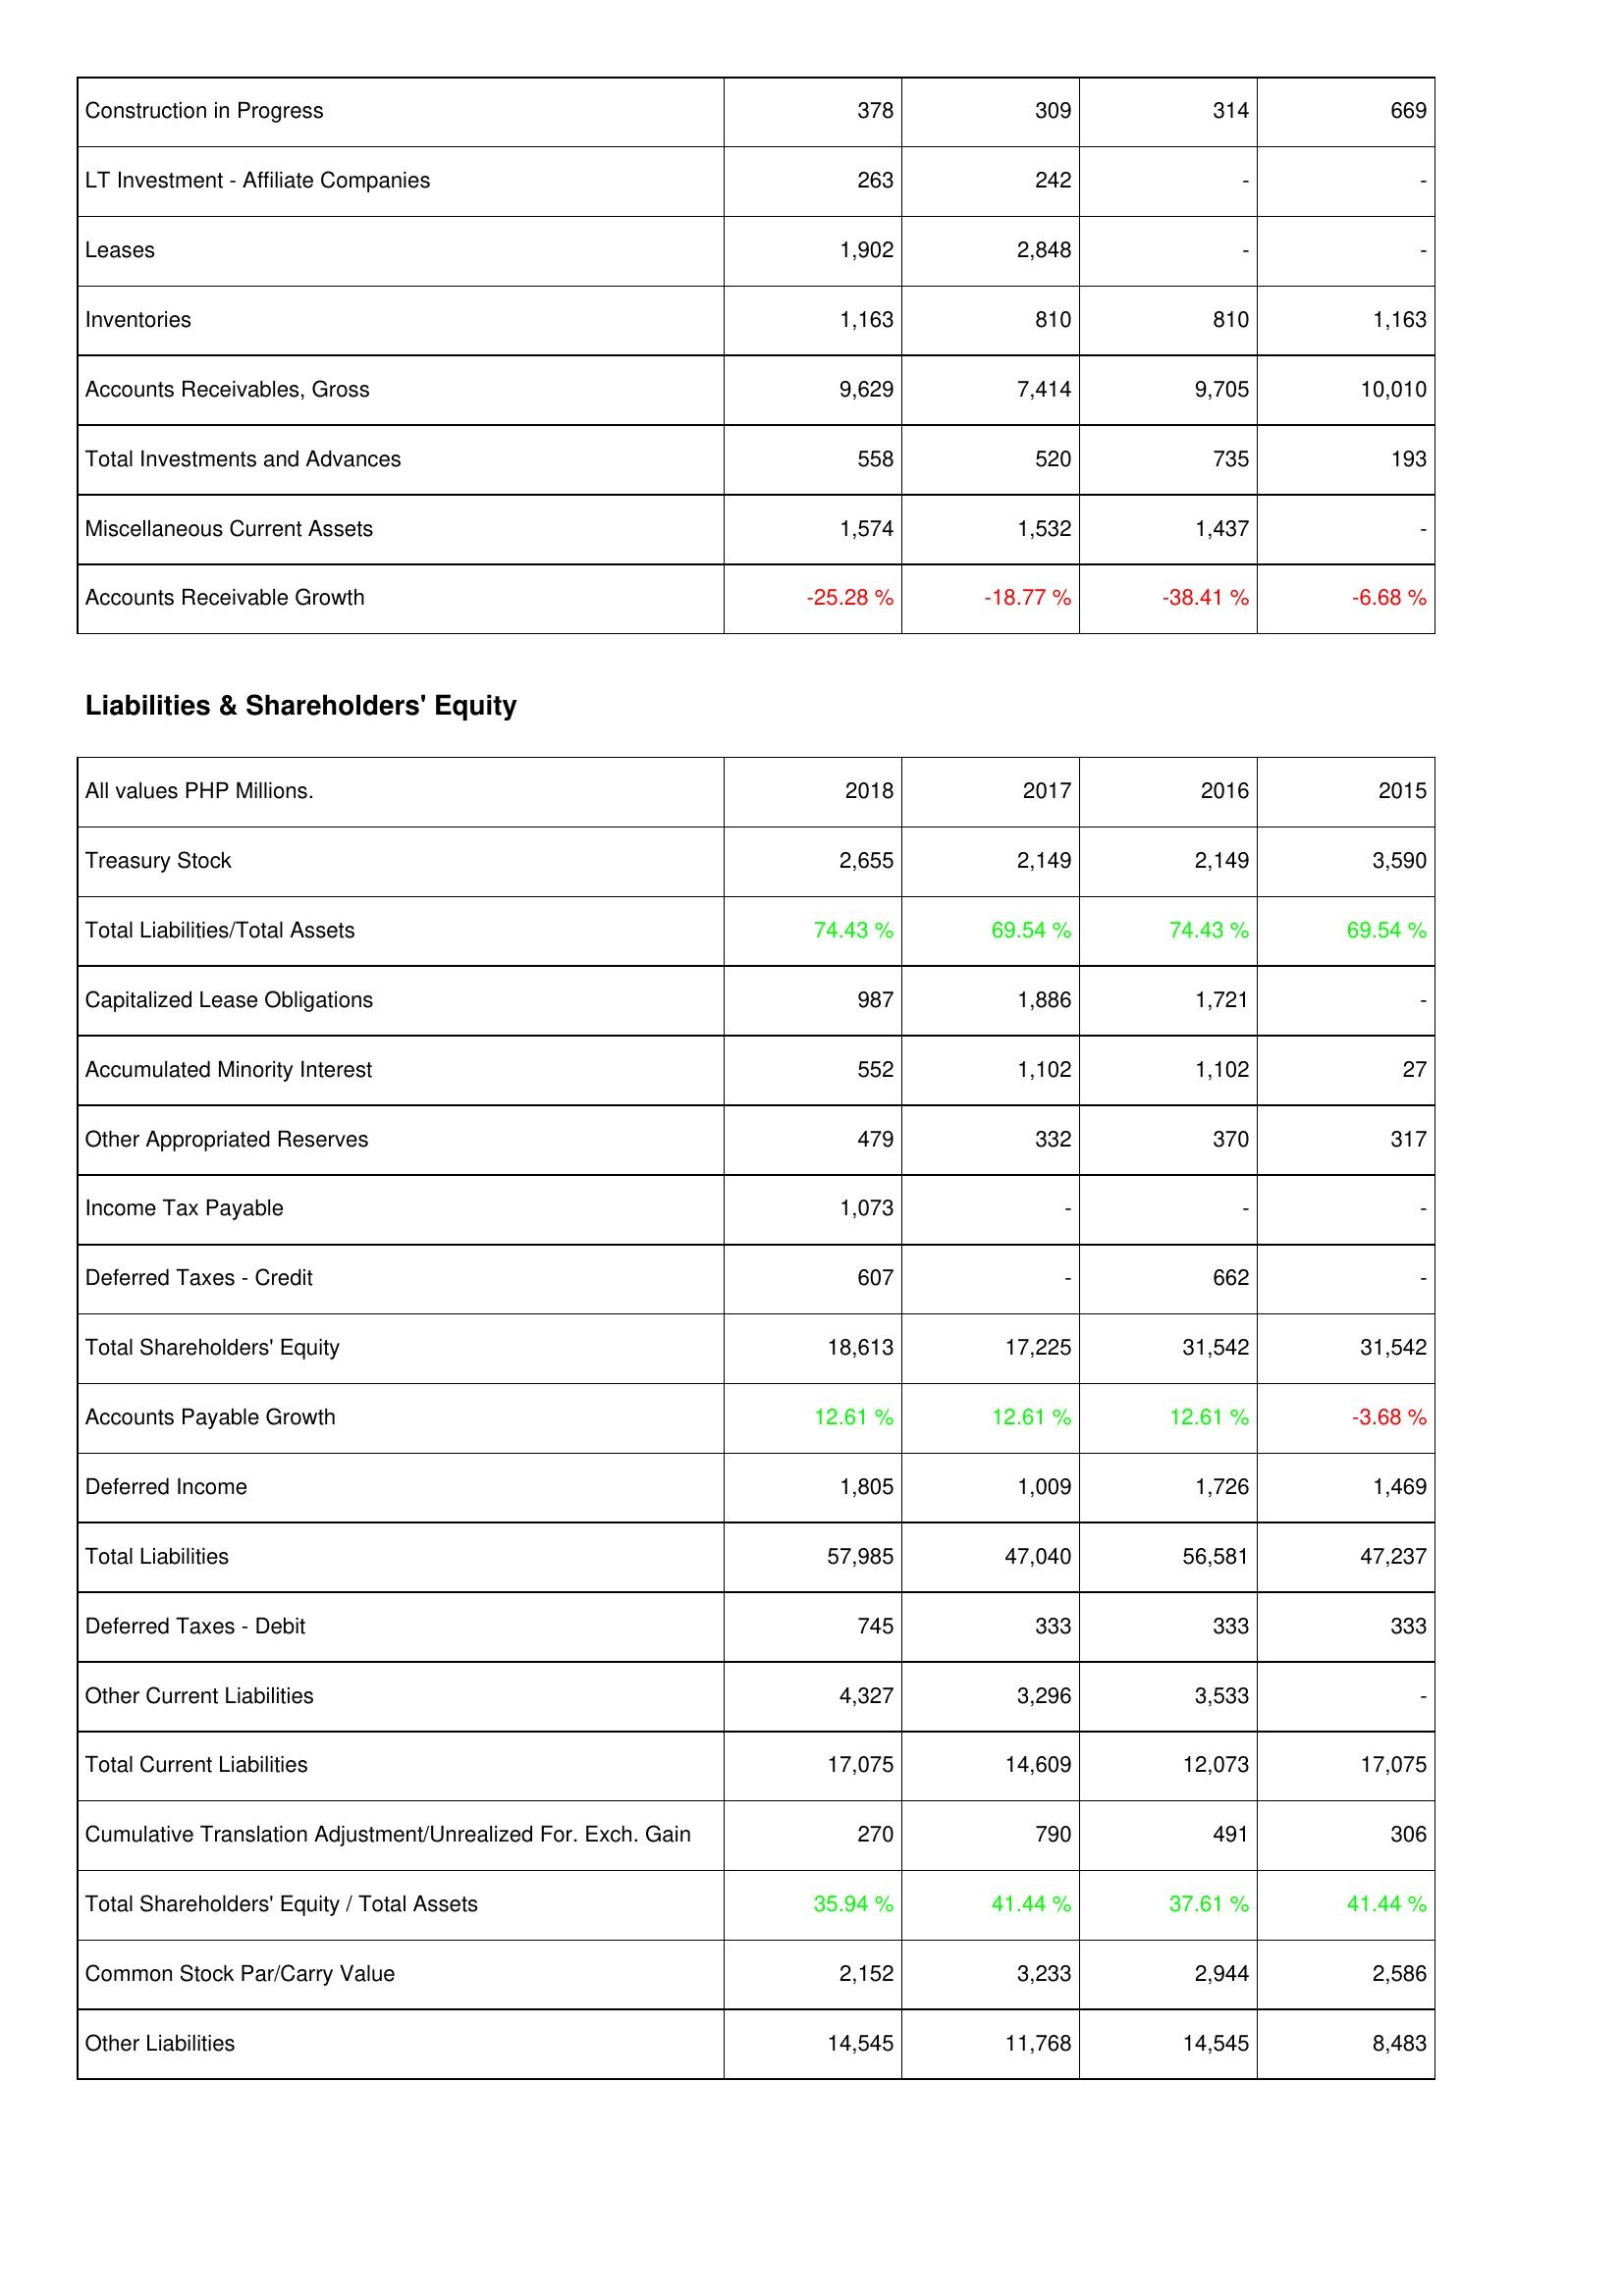
2018: Assets: Construction in Progress: 378
LT Investment - Affiliate Companies: 263
Leases: 1,902
Inventories: 1,163
Accounts Receivables, Gross: 9,629
Total Investments and Advances: 558
Miscellaneous Current Assets: 1,574
Accounts Receivable Growth: -25.28 %
Liabilities & Shareholders' Equity: Treasury Stock: 2,655
Total Liabilities/Total Assets: 74.43 %
Capitalized Lease Obligations: 987
Accumulated Minority Interest: 552
Other Appropriated Reserves: 479
Income Tax Payable: 1,073
Deferred Taxes - Credit: 607
Total Shareholders' Equity: 18,613
Accounts Payable Growth: 12.61 %
Deferred Income: 1,805
Total Liabilities: 57,985
Deferred Taxes - Debit: 745
Other Current Liabilities: 4,327
Total Current Liabilities: 17,075
Cumulative Translation Adjustment/Unrealized For. Exch. Gain: 270
Total Shareholders' Equity / Total Assets: 35.94 %
Common Stock Par/Carry Value: 2,152
Other Liabilities: 14,545
2017: Assets: Construction in Progress: 309
LT Investment - Affiliate Companies: 242
Leases: 2,848
Inventories: 810
Accounts Receivables, Gross: 7,414
Total Investments and Advances: 520
Miscellaneous Current Assets: 1,532
Accounts Receivable Growth: -18.77 %
Liabilities & Shareholders' Equity: Treasury Stock: 2,149
Total Liabilities/Total Assets: 69.54 %
Capitalized Lease Obligations: 1,886
Accumulated Minority Interest: 1,102
Other Appropriated Reserves: 332
Income Tax Payable: -
Deferred Taxes - Credit: -
Total Shareholders' Equity: 17,225
Accounts Payable Growth: 12.61 %
Deferred Income: 1,009
Total Liabilities: 47,040
Deferred Taxes - Debit: 333
Other Current Liabilities: 3,296
Total Current Liabilities: 14,609
Cumulative Translation Adjustment/Unrealized For. Exch. Gain: 790
Total Shareholders' Equity / Total Assets: 41.44 %
Common Stock Par/Carry Value: 3,233
Other Liabilities: 11,768
2016: Assets: Construction in Progress: 314
LT Investment - Affiliate Companies: -
Leases: -
Inventories: 810
Accounts Receivables, Gross: 9,705
Total Investments and Advances: 735
Miscellaneous Current Assets: 1,437
Accounts Receivable Growth: -38.41 %
Liabilities & Shareholders' Equity: Treasury Stock: 2,149
Total Liabilities/Total Assets: 74.43 %
Capitalized Lease Obligations: 1,721
Accumulated Minority Interest: 1,102
Other Appropriated Reserves: 370
Income Tax Payable: -
Deferred Taxes - Credit: 662
Total Shareholders' Equity: 31,542
Accounts Payable Growth: 12.61 %
Deferred Income: 1,726
Total Liabilities: 56,581
Deferred Taxes - Debit: 333
Other Current Liabilities: 3,533
Total Current Liabilities: 12,073
Cumulative Translation Adjustment/Unrealized For. Exch. Gain: 491
Total Shareholders' Equity / Total Assets: 37.61 %
Common Stock Par/Carry Value: 2,944
Other Liabilities: 14,545
2015: Assets: Construction in Progress: 669
LT Investment - Affiliate Companies: -
Leases: -
Inventories: 1,163
Accounts Receivables, Gross: 10,010
Total Investments and Advances: 193
Miscellaneous Current Assets: -
Accounts Receivable Growth: -6.68 %
Liabilities & Shareholders' Equity: Treasury Stock: 3,590
Total Liabilities/Total Assets: 69.54 %
Capitalized Lease Obligations: -
Accumulated Minority Interest: 27
Other Appropriated Reserves: 317
Income Tax Payable: -
Deferred Taxes - Credit: -
Total Shareholders' Equity: 31,542
Accounts Payable Growth: -3.68 %
Deferred Income: 1,469
Total Liabilities: 47,237
Deferred Taxes - Debit: 333
Other Current Liabilities: -
Total Current Liabilities: 17,075
Cumulative Translation Adjustment/Unrealized For. Exch. Gain: 306
Total Shareholders' Equity / Total Assets: 41.44 %
Common Stock Par/Carry Value: 2,586
Other Liabilities: 8,483